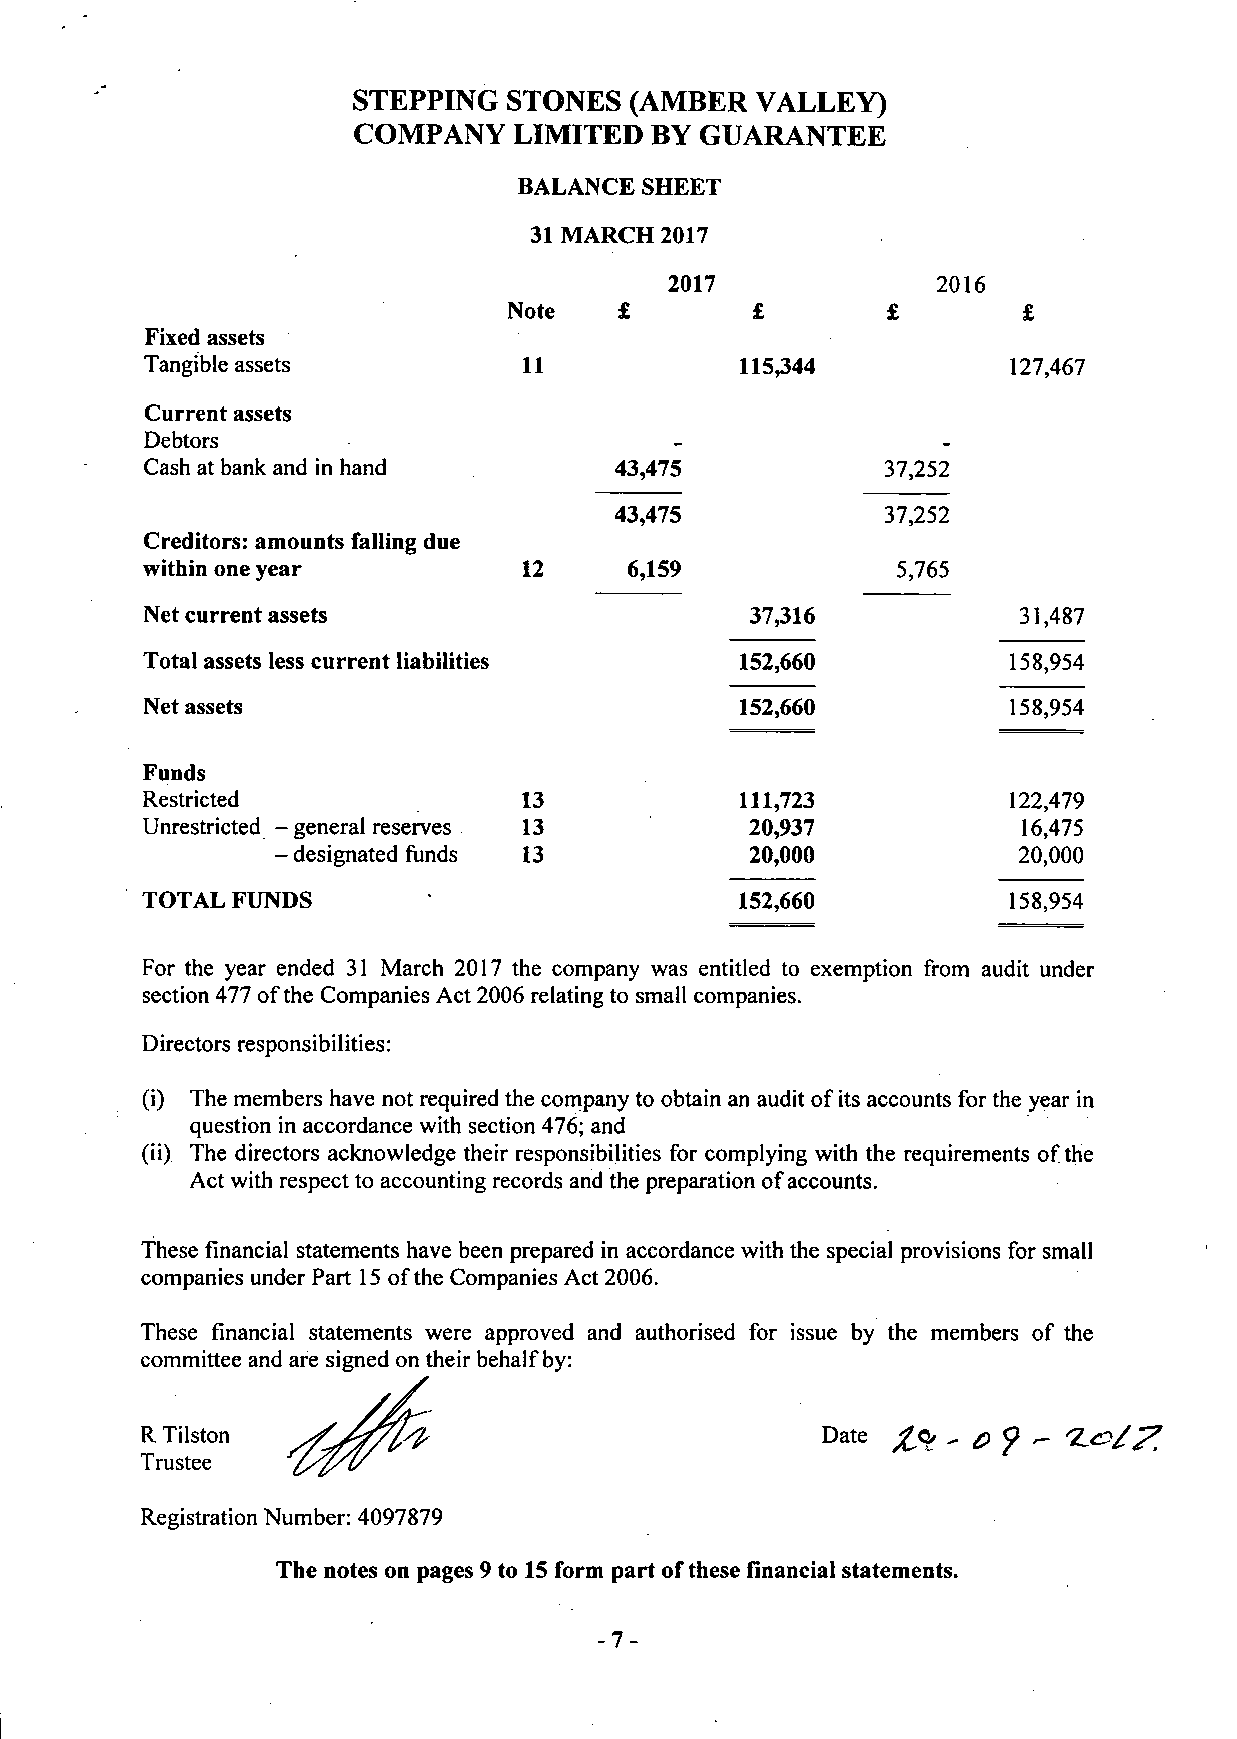
STEPPING  STONES   (AMBER  VALLEY)
 COMPANY    LIMITED  BY GUARANTEE
 BALANCE SHEET
 31 MARCH 2017
 2017              2016
 £                 £
 Fixed assets            Note   f
 Tangible assets                        115,344           127,467
 11
 Current assets
 Debtors
 Cash at bank and in hand       43,475            37,252
 43,475            37,252
 Creditors: amounts falling due
 within one year           12     6,159            5,765
 Net current assets                      37,316           31,487
 Total assets less current liabilities   152,660           158,954
 Net assets                             152,660           158,954
 Funds
 Restricted                13            111,723           122,479
 Unrestricted - general reserves 13       20,937            16,475
 - designated funds 13           20,000           20,000
 TOTAL FUNDS                             152,660           158,954
 For the year ended 31 March 2017 the company was entitled to exemption from audit under
 section 477 of the Companies Act 2006 relating to small companies.
 Directors responsibilities:
 (i) The members have not required the company to obtain an audit of its accounts for the year in
 question in accordance with section 476; and
 (ii) The directors acknowledge their responsibilities for complying with the requirements of the
 Act with respect to accounting records and the preparation of accounts.
 These financial statements have been prepared in accordance with the special provisions for small
 companies under Part 15 of the Companies Act 2006.
 These financial statements were approved and authorised for issue by the members of the
 committee and are signed on their behalf by:
 R Tilston                                    Date /Q, . & f -
 Trustee
 Registration Number: 4097879
 The notes on pages 9 to 15 form part of these financial statements.
 -7-